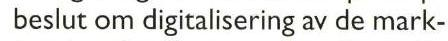
beslut om digitalisering av de mark-